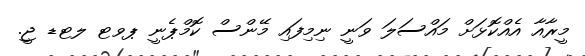
މީރާއާ އެއްކޮޅަށް މައްސަލަ ވަނީ ނިމިފައި މޭންސް ކޮމްޕެނީ ޕވޓ ލޓޑ ޖީ.